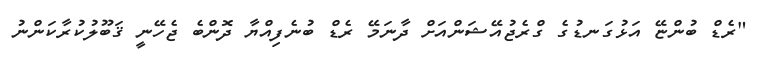
"ރެޑް ބުންޏޭ އަޅުގަނޑުގެ ގްރެޖުއޭޝަންއަށް ދާނަމޭ ރެޑް ބުނެފިއްޔާ ދޮންބެ ޖެހޭނީ ޤަބޫލުކުރާކަންނު